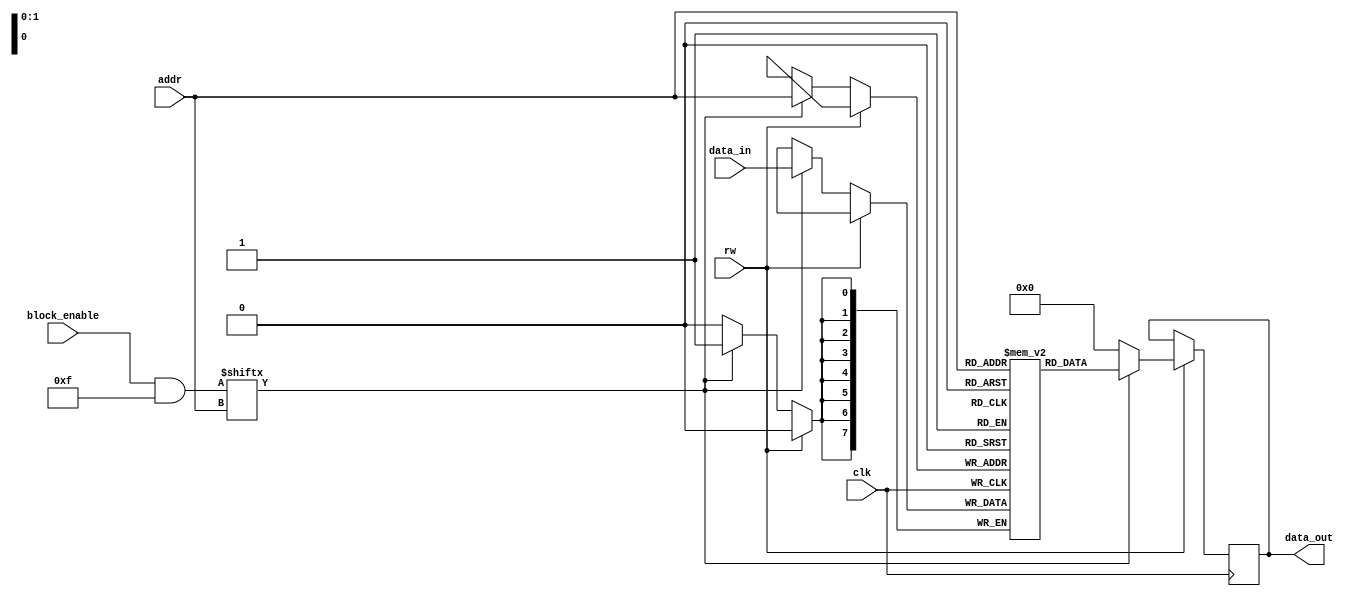
module memory_blocks_control(
    input wire clk,
    input wire [1:0] addr,             // Address input to select memory block
    input wire [7:0] data_in,          // Data input for write operations
    input wire rw,                     // Read/Write control signal (0: Write, 1: Read)
    input wire [3:0] block_enable,     // Block Enable signals for 4 memory blocks
    output reg [7:0] data_out          // Data output for read operations
);

    // Memory blocks (4 blocks of 8-bit wide memory)
    reg [7:0] memory_block [0:3];

    // Control signals
    wire [3:0] active_blocks;
    wire [3:0] block_disable;

    // Gating logic: Only enable the selected blocks
    assign active_blocks = block_enable & ~block_disable;

    always @(posedge clk) begin
        // Write operation
        if (rw == 0) begin
            if (active_blocks[addr]) begin
                memory_block[addr] <= data_in; // Write data to the selected block
            end
        end
        // Read operation
        else begin
            if (active_blocks[addr]) begin
                data_out <= memory_block[addr]; // Read data from the selected block
            end
            else begin
                data_out <= 8'b0; // Output zero if block is disabled
            end
        end
    end

    // Block disable logic (can be driven by some external conditions)
    // For simplicity, let's assume all blocks are enabled for this example
    always @(*) begin
        block_disable = 4'b0000; // No blocks disabled
        // You can add conditions here to disable blocks based on your logic
    end

endmodule